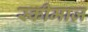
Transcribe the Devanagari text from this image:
स्कीमाज़